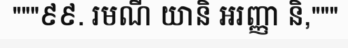
"""៩៩. រមណី យានិ អរញ្ញា និ,"""